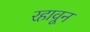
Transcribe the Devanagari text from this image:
रहावून